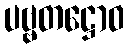
ပဗ္ဗတဋ္ဌောဝ